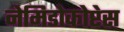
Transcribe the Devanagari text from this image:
नेमिडोकोप्टेस